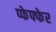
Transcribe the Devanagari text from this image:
प्फेफ्फेर